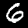
Digit: 6